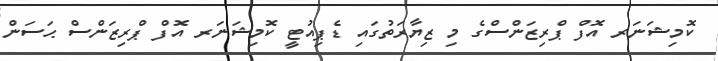
ކޮމިޝަނަރ އޮފް ޕްރިޒަންސްގެ މި ޒިޔާރަތުގައި ޑެޕިއުޓީ ކޮމިޝަނަރ އޮފް ޕްރިޒަންސް ޙަސަން